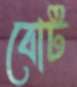
বোট